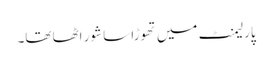
پارلیمنٹ میں تھوڑا سا شور اٹھا تھا۔